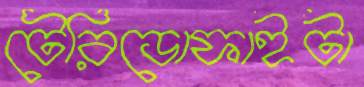
টেরিডোফাইটা